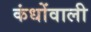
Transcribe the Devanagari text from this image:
कंधोंवाली